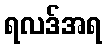
ရလဒ်အရ